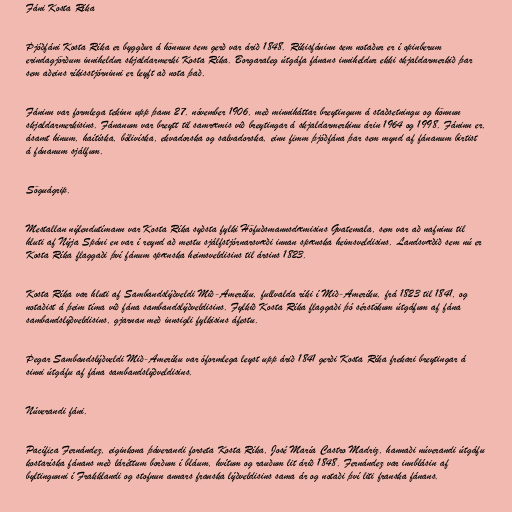
Fáni Kosta Ríka

Þjóðfáni Kosta Ríka er byggður á hönnun sem gerð var árið 1848. Ríkisfáninn sem notaður er í opinberum
erindagjörðum inniheldur skjaldarmerki Kosta Ríka. Borgaraleg útgáfa fánans inniheldur ekki skjaldarmerkið þar
sem aðeins ríkisstjórninni er leyft að nota það.

Fáninn var formlega tekinn upp þann 27. nóvember 1906, með minniháttar breytingum á staðsetningu og hönnun
skjaldarmerkisins. Fánanum var breytt til samræmis við breytingar á skjaldarmerkinu árin 1964 og 1998. Fáninn er,
ásamt hinum, haítíska, bólivíska, ekvadorska og salvadorska, einn fimm þjóðfána þar sem mynd af fánanum birtist
á fánanum sjálfum.

Söguágrip.

Mestallan nýlendutímann var Kosta Ríka syðsta fylki Höfuðsmannsdæmisins Gvatemala, sem var að nafninu til
hluti af Nýja Spáni en var í reynd að mestu sjálfstjórnarsvæði innan spænska heimsveldisins. Landsvæðið sem nú er
Kosta Ríka flaggaði því fánum spænska heimsveldisins til ársins 1823.

Kosta Ríka var hluti af Sambandslýðveldi Mið-Ameríku, fullvalda ríki í Mið-Ameríku, frá 1823 til 1841, og
notaðist á þeim tíma við fána sambandslýðveldisins. Fylkið Kosta Ríka flaggaði þó sérstökum útgáfum af fána
sambandslýðveldisins, gjarnan með innsigli fylkisins áfestu.

Þegar Sambandslýðveldi Mið-Ameríku var óformlega leyst upp árið 1841 gerði Kosta Ríka frekari breytingar á
sinni útgáfu af fána sambandslýðveldisins.

Núverandi fáni.

Pacífica Fernández, eiginkona þáverandi forseta Kosta Ríka, José María Castro Madriz, hannaði núverandi útgáfu
kostaríska fánans með láréttum borðum í bláum, hvítum og rauðum lit árið 1848. Fernández var innblásin af
byltingunni í Frakklandi og stofnun annars franska lýðveldisins sama ár og notaði því liti franska fánans.